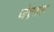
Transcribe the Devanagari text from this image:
जेएसएः